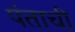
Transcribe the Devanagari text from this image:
पंताची